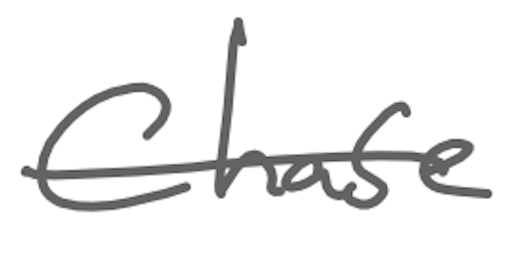
Text: Chase
Cross-out: single-line
Writing tool: digital_gray